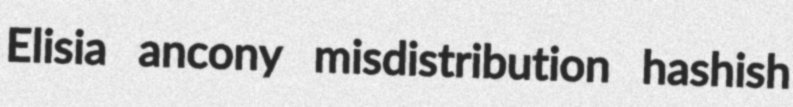
Elisia ancony misdistribution hashish